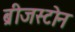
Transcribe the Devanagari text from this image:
ब्रीजस्टोन